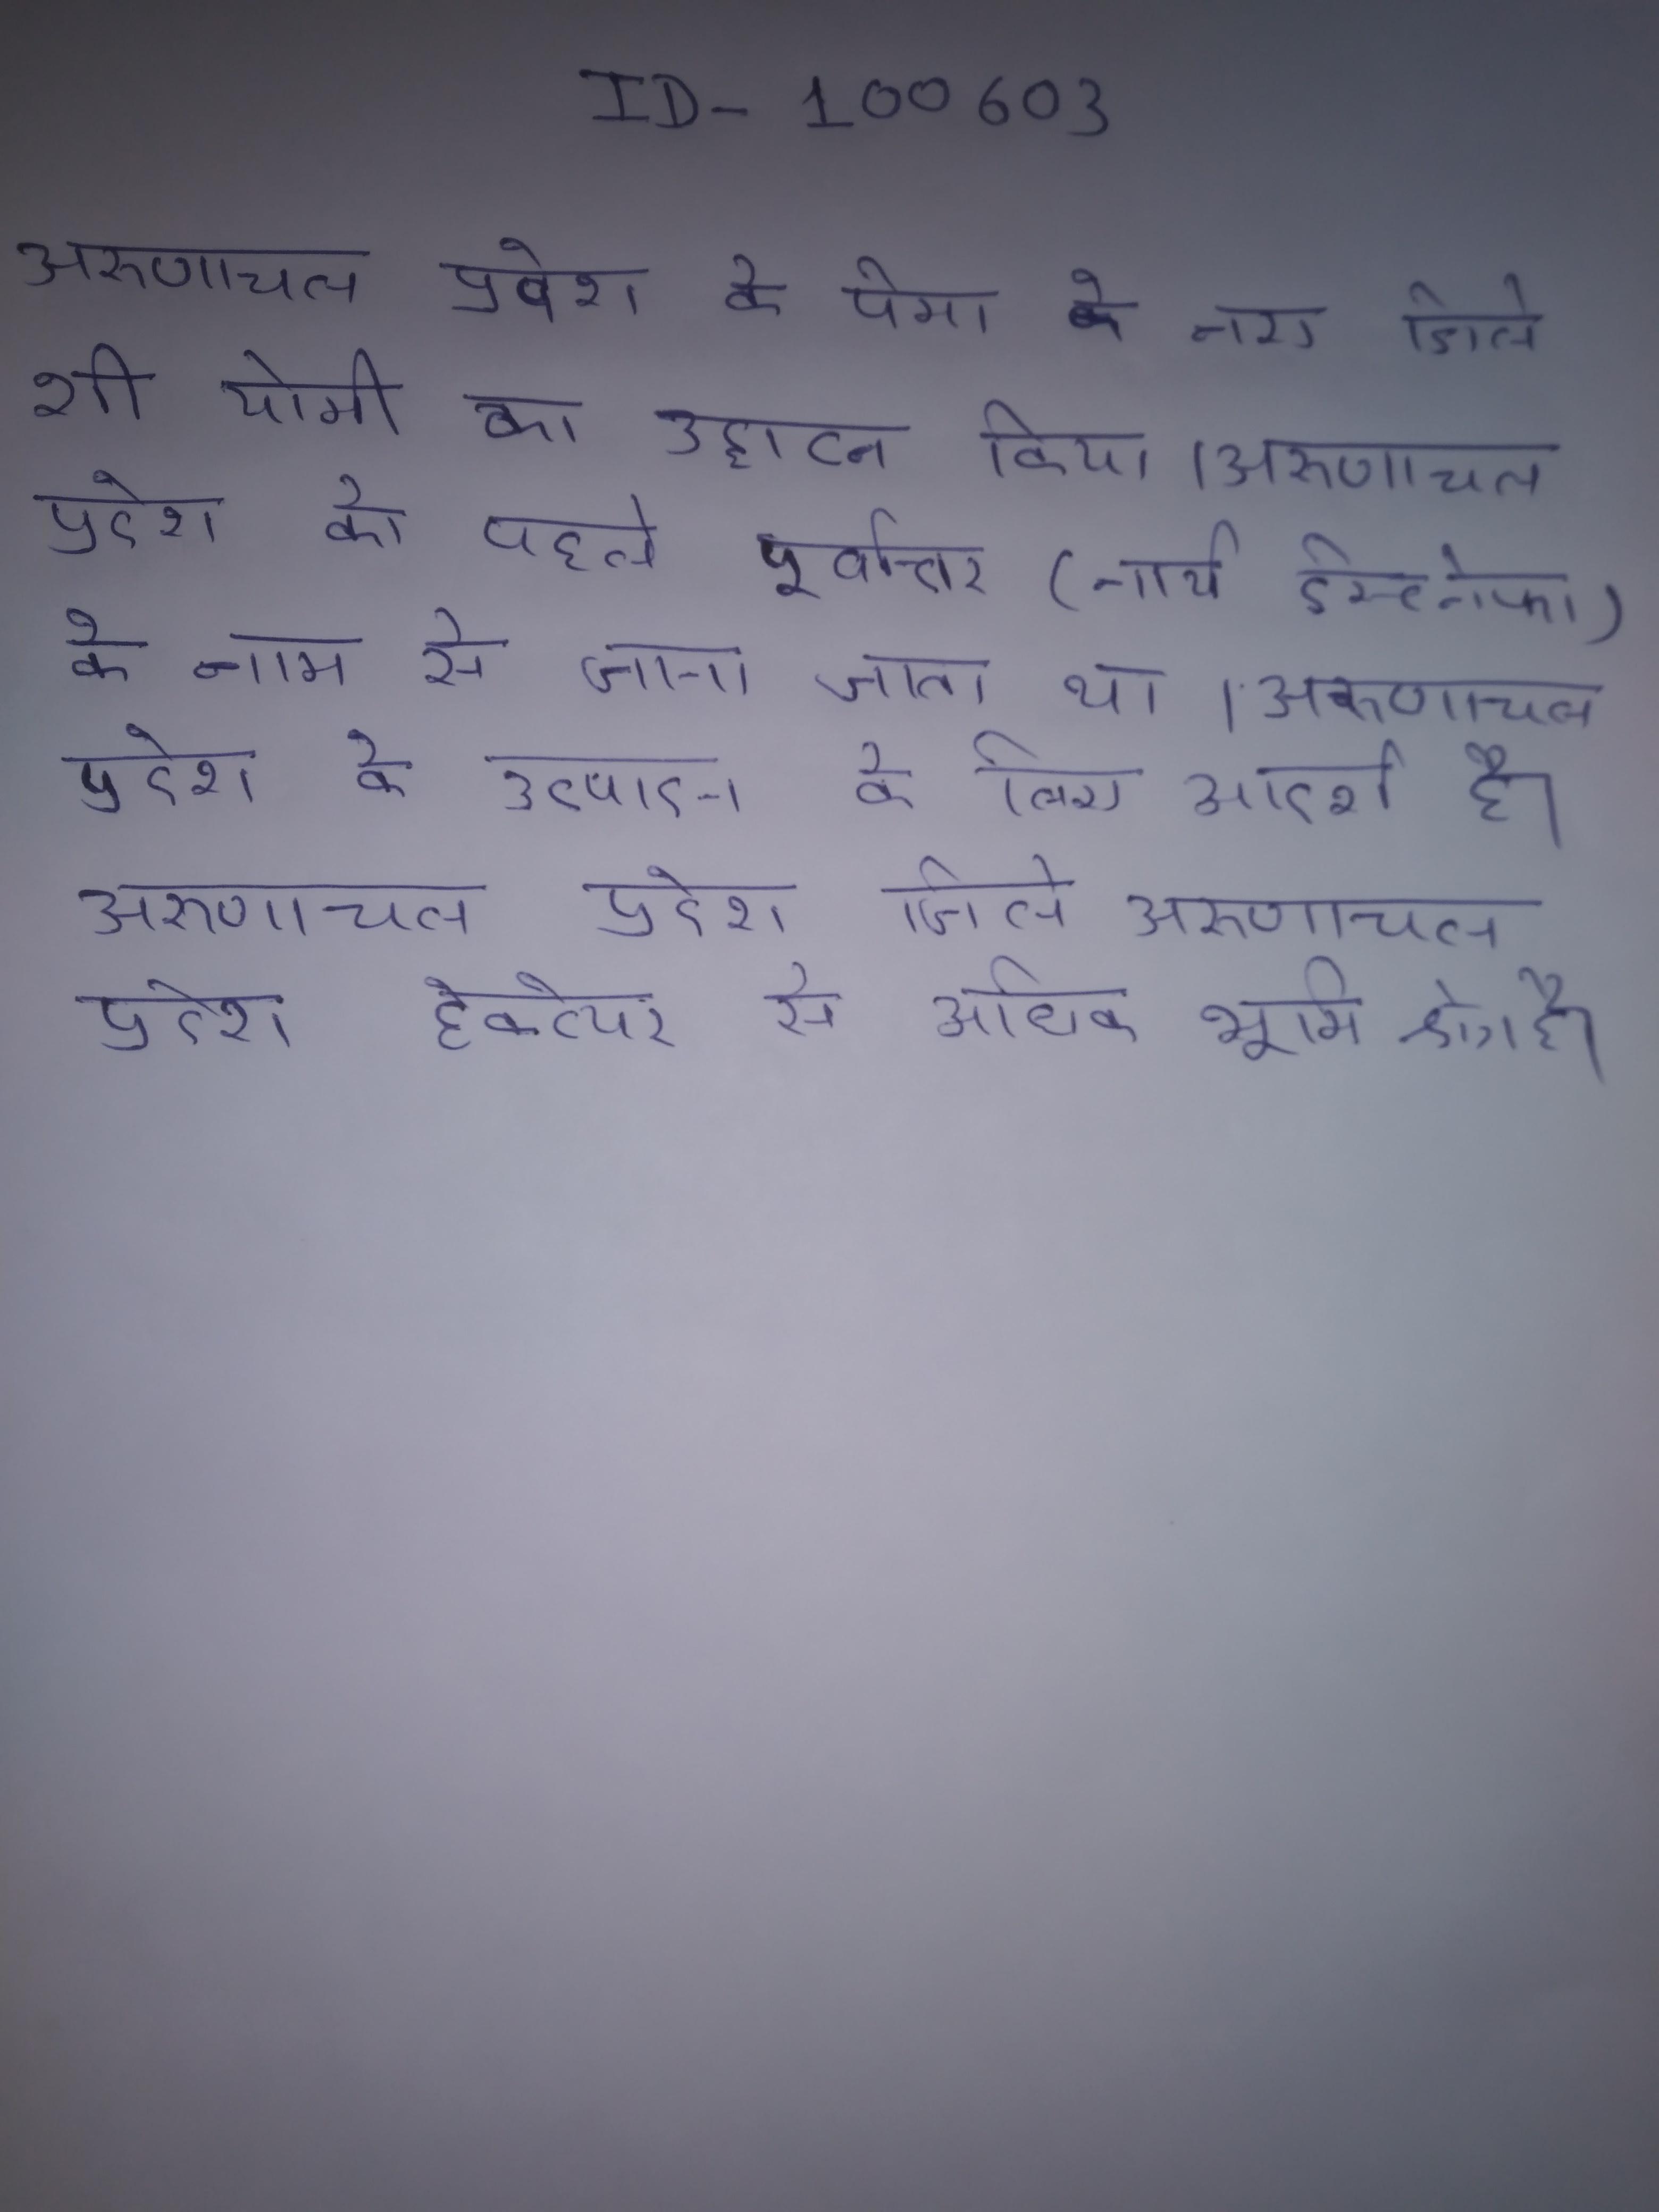
अरुणाचल प्रदेश के पेमा ने नए जिले शी योमी का उद्घाटन किया । अरुणाचल प्रदेश को पहले पूर्वात्तर (नार्थ ईस्ट नेफा) के नाम से जाना जाता था । अरुणाचल प्रदेश के उत्पादन के लिए आदर्श है । अरुणाचल प्रदेश जिले अरुणाचल प्रदेश हेक्टेयर से अधिक भूमि क्षेत्र है ।